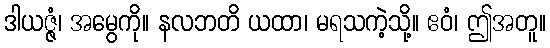
ဒါယဇ္ဇံ၊ အမွေကို။ နလဘတိ ယထာ၊ မရသကဲ့သို့။ ဧဝံ၊ ဤအတူ။